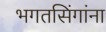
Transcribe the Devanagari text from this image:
भगतसिंगांना